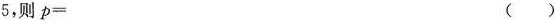
5，则p= ()